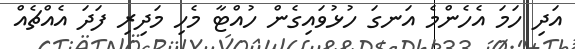
އަދި ހަމަ އެހެންމެ އަނގަ ހުޅުވައިގެން ހުއްޓާ މެހި މަދިރި ފަދަ އެއްޗެއް